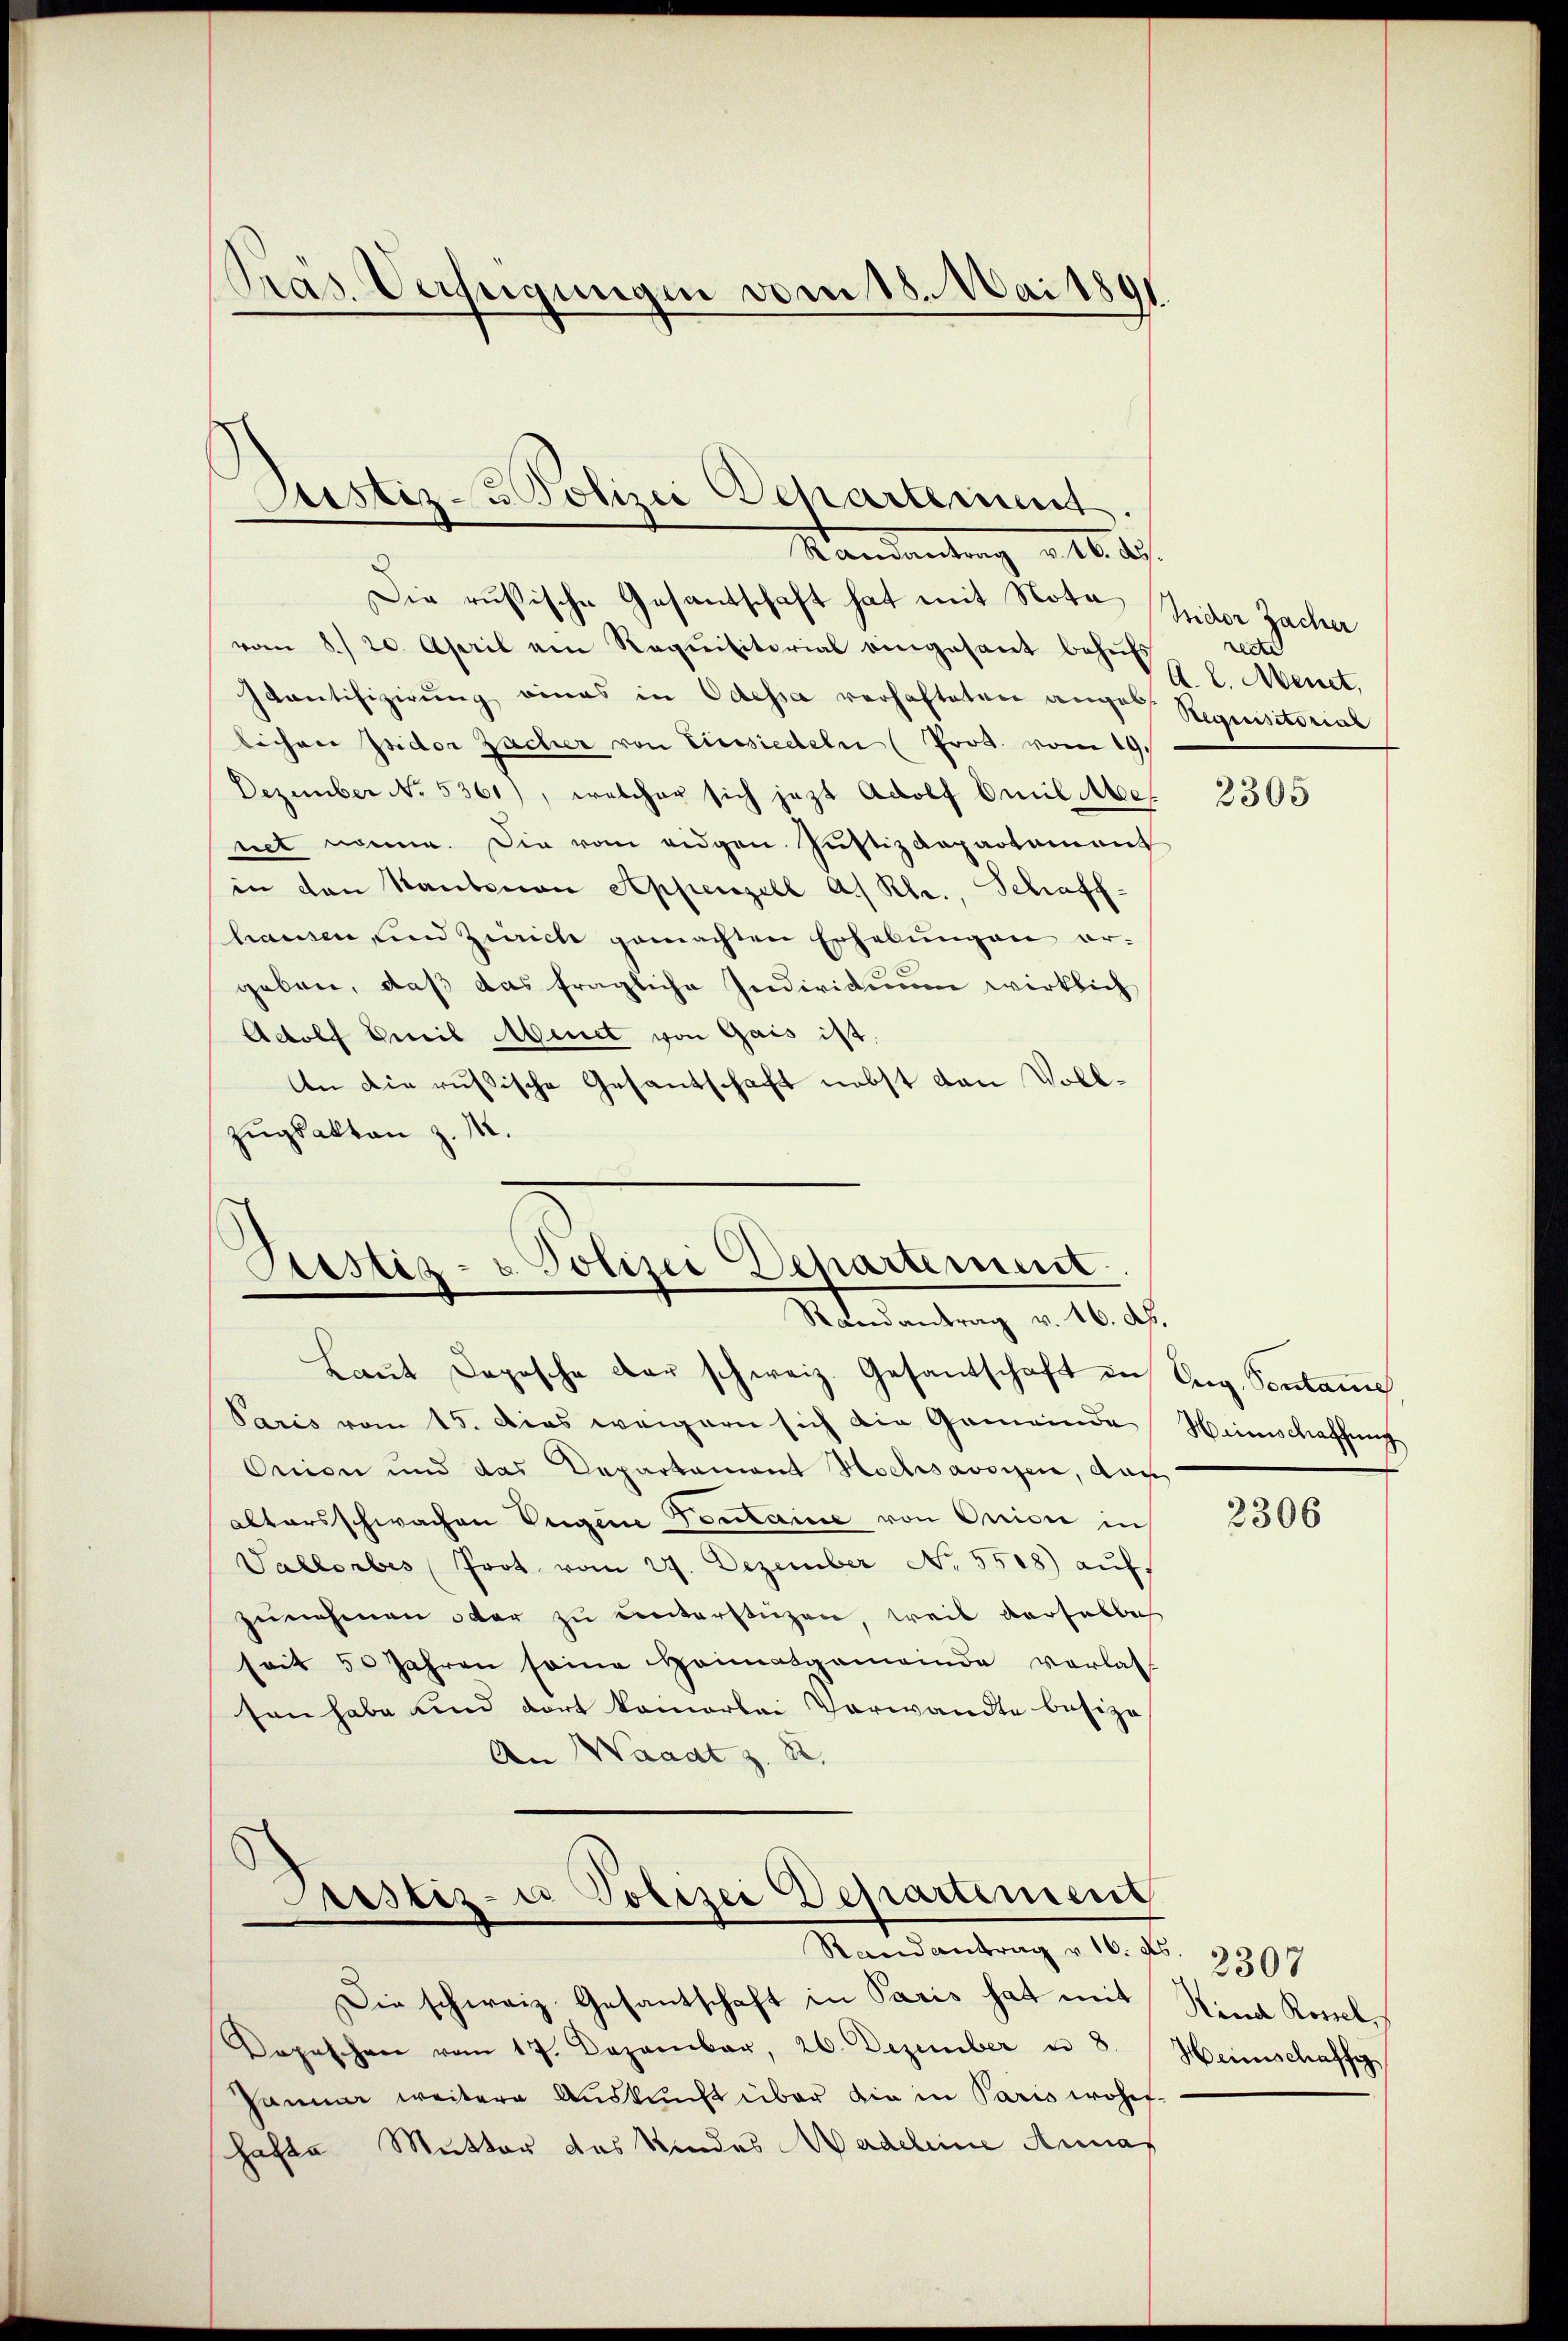
Präs. Verfeigungen vom 18. Mai 189

Justiz- u Polizei Departement
Mandantung v. 4. d.

Die russische Gesandschaft hat mit Note Indor Zacher
vom 8./20. April am Requisitorial eingesant behŭfs
Haantifizierung eines in Odessa verhafteten anges Requisitorial
lichen Isidor Zacher von Einsiedeln (Prot. vom 19.
Dezember No. 5361), welcher sich jezt Adolf Emil be-
net nomme. Die vom eidgen. Justizdepartement
in den Staubenau Appenzell a. Rh., Schaff-
hausen, und Zürich gemachten Erhebungen ergeben, daß das fragliche Individuum wirklich
Adolf Emil Menet von Gais ist
An die russische Gesantschaft nebst den Voll¬
Zugsakten z. M.

Justiz- u. Polizei Departement.
Randantrag v. 16. d.

Laut Depesche der schweiz. Gesantschaft in Aug. Sontane
Paris vom 15. Dies weigern sich die Gemeinde
Onion und das Departament Hochsavoyen, das
altersschwachen Eigene Fontaine von Quici in
Vallerbes Prot. vom 27. Dezember No. 5508) auf
zunehmen oder zu unterstüzen, weil verheblich
seit 50 Jahren seine Heimatgemeinde vorlatsen habe und dort kommerlei Verwandte besize
An Waadt z. S.

Justiz- u Polizei Departement
.
Stand antrag v. 16. No. 234

Die schweiz. Gesantschaft in Paris hat mit
Depeschen vom 17. Dezember, 26. Dezember u. 8. Heimschaffe
Pamm weitere Aŭskŭnft über die in Paris wohn-
Hatte Mutter des Kindes Madeline Anna

Lette
A. L. Menet,

2305

Weinschaffung

2306

Kind Rossel